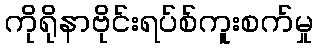
ကိုရိုနာဗိုင်းရပ်စ်ကူးစက်မှု